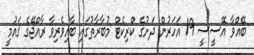
ބޭއްވާ އޭސީސީ 19 އަހަރުން ދަށުގެ ކްރިކެޓް މުބާރާތުގައި ބާއިވެރިވާ ރާއްޖޭގެ ޤައުމީ